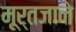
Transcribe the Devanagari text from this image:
मूर्तजाने